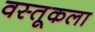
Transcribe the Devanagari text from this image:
वस्तूकला